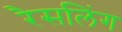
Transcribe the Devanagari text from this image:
रैसलिंग